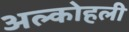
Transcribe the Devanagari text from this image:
अल्कोहली